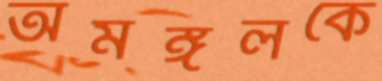
অমঙ্গলকে